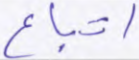
اتباع